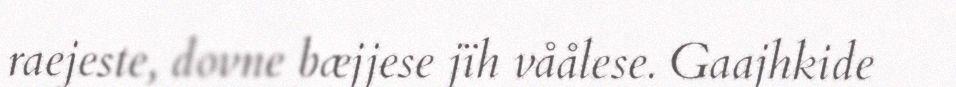
raejeste, dovne bæjjese jïh våålese. Gaajhkide